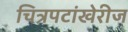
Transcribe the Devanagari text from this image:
चित्रपटांखेरीज